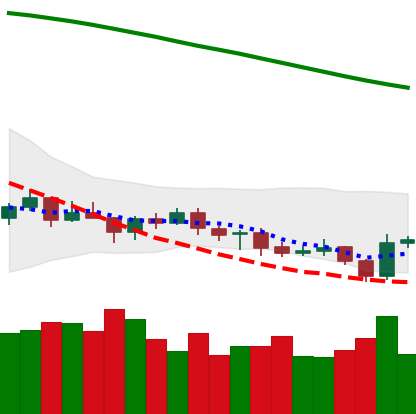
Ticker: BTC-USD
Chart end date: 2021-07-22
Forward return: 21.953%
Label: up_7plus